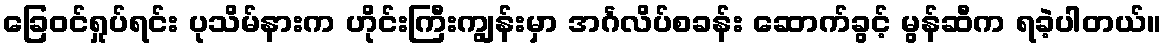
ခြေဝင်ရှုပ်ရင်း ပုသိမ်နားက ဟိုင်းကြီးကျွန်းမှာ အင်္ဂလိပ်စခန်း ဆောက်ခွင့် မွန်ဆီက ရခဲ့ပါတယ်။